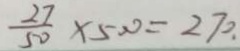
\frac { 2 7 } { 5 0 } \times 5 0 0 = 2 7 0 .